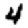
Digit: 4